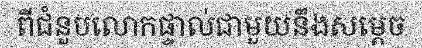
ពីជំនួបលោកផ្ទាល់ជាមួយនឹងសម្តេច